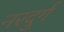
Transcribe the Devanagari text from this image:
नरदुर्ग